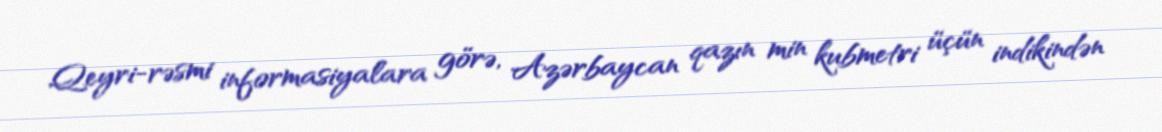
Qeyri-rəsmi informasiyalara görə, Azərbaycan qazın min kubmetri üçün indikindən